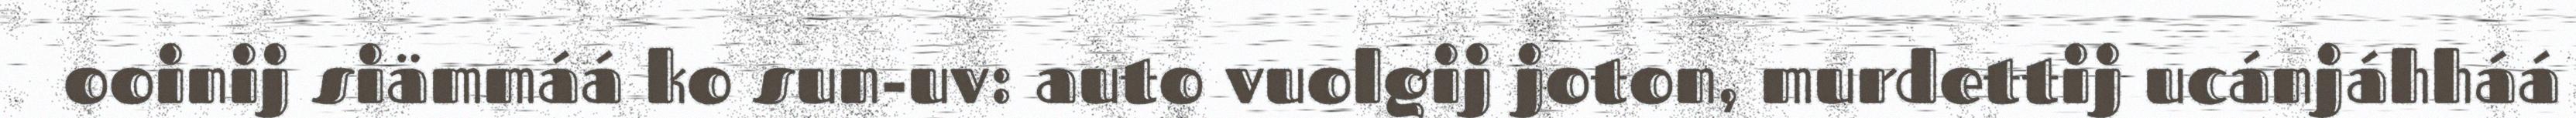
ooinij siämmáá ko sun-uv: auto vuolgij joton, murdettij ucánjáhháá